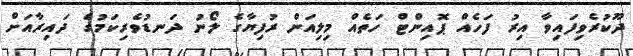
ދޫކުރެވިފައިވާ އިރު ފަހެއް ޕޮއިންޓް ހަތެއް މިލިއަން ރުފިޔާގެ ލޯނު ދަނޑުވެރިކަމުގެ ދައިރާއަށް